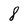
Character: 8